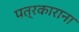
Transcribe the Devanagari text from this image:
पत्रकाराना